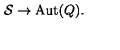
{ \cal S } \to \mathrm { A u t } ( Q ) .